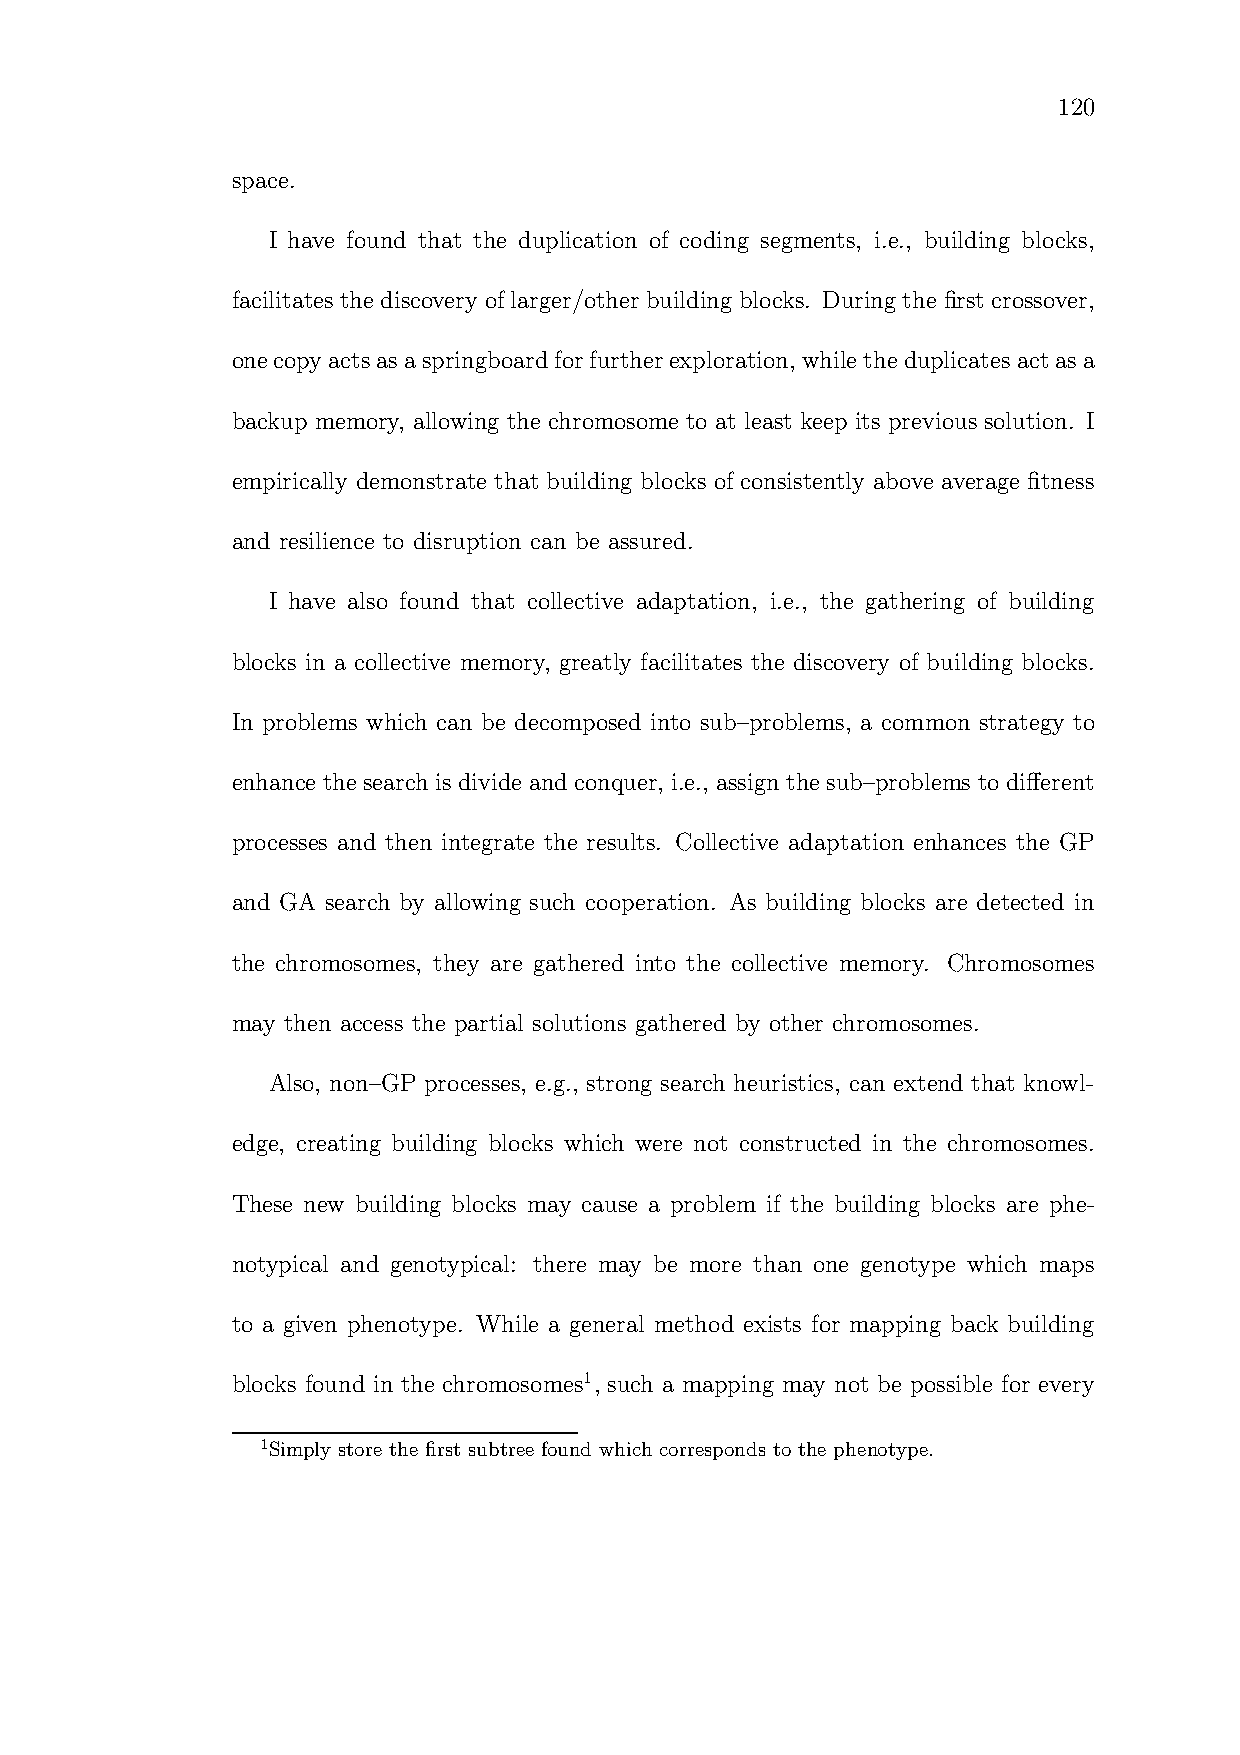
120
 space.
 I have found that the duplication of coding segments, i.e., building blocks,
 facilitates the discovery of larger/other building blocks. During the first crossover,
 onecopyactsasaspringboardforfurtherexploration, whiletheduplicatesactasa
 backup memory, allowing the chromosome to at least keep its previous solution. I
 empirically demonstrate that building blocks of consistently above average fitness
 and resilience to disruption can be assured.
 I have also found that collective adaptation, i.e., the gathering of building
 blocks in a collective memory, greatly facilitates the discovery of building blocks.
 In problems which can be decomposed into sub–problems, a common strategy to
 enhance thesearch is divide andconquer, i.e., assign thesub–problems to different
 processes and then integrate the results. Collective adaptation enhances the GP
 and GA search by allowing such cooperation. As building blocks are detected in
 the chromosomes, they are gathered into the collective memory. Chromosomes
 may then access the partial solutions gathered by other chromosomes.
 Also, non–GP processes, e.g., strong search heuristics, can extend that knowl-
 edge, creating building blocks which were not constructed in the chromosomes.
 These new building blocks may cause a problem if the building blocks are phe-
 notypical and genotypical: there may be more than one genotype which maps
 to a given phenotype. While a general method exists for mapping back building
 blocks found in the chromosomes1, such a mapping may not be possible for every
 1Simply store the first subtree found which corresponds to the phenotype.